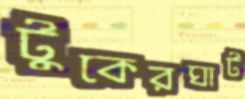
টুকেরঘাট